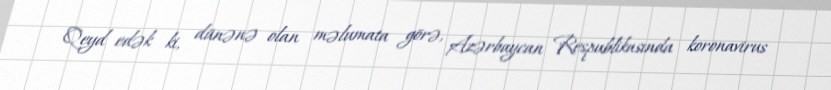
Qeyd edək ki, dünənə olan məlumata görə, Azərbaycan Respublikasında koronavirus